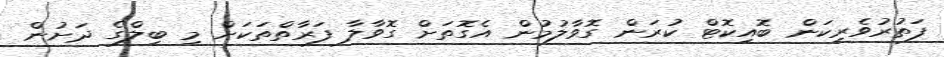
ފަތުރުވެރިކަން ބޮއިކޮޓް ކުރަން ގޮވާލުމުން އެގޮތަށް ގޮވާލާ ފަރާތްތަކަށް މި ބިލްގެ ދަށުން